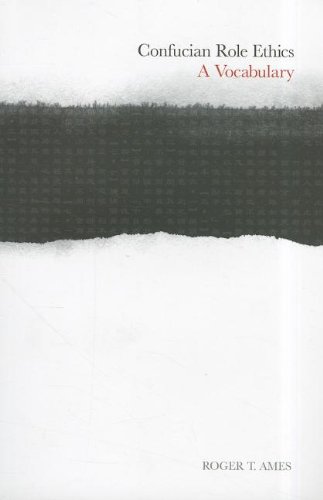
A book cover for Confucian Role Ethics: A Vocabulary (Chi'en Mu Lectures); Roger T. Ames; Religion & Spirituality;